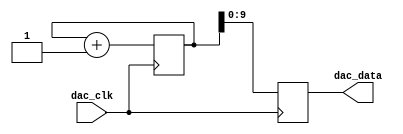
`timescale 1ns / 1ps
//////////////////////////////////////////////////////////////////////////////////
// Company: 
// Engineer: 
// 
// Design Name: 
// Module Name:    sawtooth_gen 
// Project Name: 
// Target Devices: 
// Tool versions: 
// Description: 
//
// Dependencies: 
//
// Revision: 
// Revision 0.01 - File Created
// Additional Comments: 
//
//////////////////////////////////////////////////////////////////////////////////
module sawtooth_gen(dac_clk, dac_data);
input dac_clk;
output [9:0] dac_data;
reg [9:0] dac_data;

//16 bits free-running binary counter
reg [15:0] cnt;

always @(posedge dac_clk)
begin
 cnt <= cnt + 16'h1;

dac_data = cnt[9:0];

end
endmodule